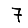
Digit: 7